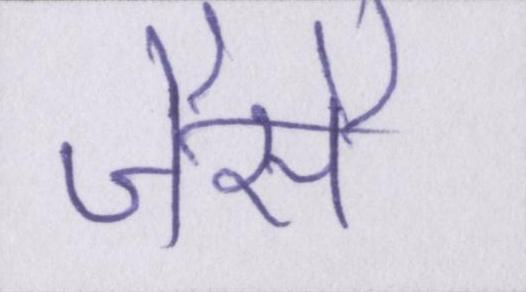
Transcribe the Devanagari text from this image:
जैसै